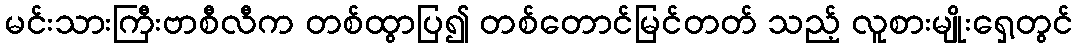
မင်းသားကြီးဗာစီလီက တစ်ထွာပြ၍ တစ်တောင်မြင်တတ် သည့် လူစားမျိုးရှေ့တွင်